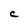
Character: C